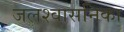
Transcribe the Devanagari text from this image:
जलश्वासनिका